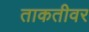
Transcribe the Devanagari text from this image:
ताकतीवर